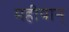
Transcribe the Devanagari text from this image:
महीयान्‌